Leaving Certificate Examination, 1913
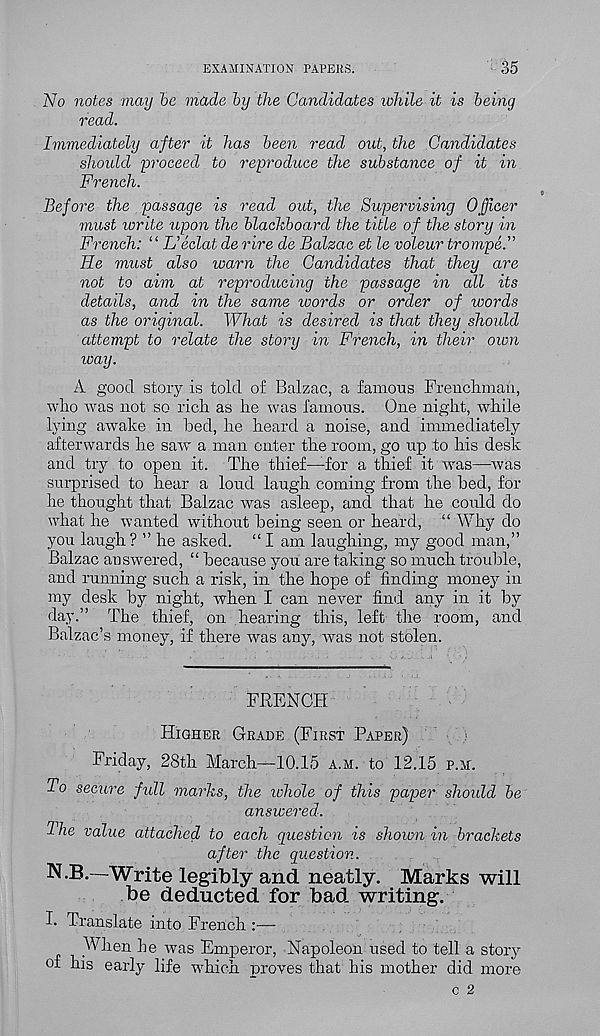
EXAMINATION PAPERS.
35
No notes may be made by the Candidates while it is being
read.
Immediately after it has been read out, the Candidates
should 'proceed to reproduce the substance of it in
French.
Before the passage is read out, the Supervising Officer
must write upon the blackboard the title of the story in
French: “ L’eclat de rire de Balzac et le voleur trompe.”
He must also warn the Candidates that they are
not to aim at reproducing the passage in all its
details, and in the same words or order of words
as the original. What is desired is that they should
attempt to relate the story in French, in their own
ivay.
A good story is told of Balzac, a famous Frenchman,
who was not so rich as he was famous. One night, while
lying awake in bed, he heard a noise, and immediately
afterwards he saw a man enter the room, go up to his desk
and try to open it. The thief—for a thief it w r as—was
surprised to hear a loud laugh coming from the bed, for
he thought that Balzac was asleep, and that he could do
what he wanted without being seen or heard, “ Why do
you laugh ? ” he asked. “ I am laughing, my good man,”
Balzac answered, “ because you are taking so much trouble,
and running such, a risk, in the hope of finding money in
my desk by night, when I can never find any in it by
day.” The thief, on hearing this, left the room, and
Balzac’s money, if there was any, was not stolen.
FRENCH
Higher Grade (First Paper)
Friday, 28th March—10.15 a.m. to 12.15 p.m.
To secure full marks, the whole of this paper shoidd be
answered.
2 he value attached to each question is shown in brackets
after the question.
N.B.—Write legibly and neatly. Marks will
be deducted for bad writing.
I. Translate into French :—-
When he was Emperor, Napoleon used to tell a story
of his early life which proves that his mother did more